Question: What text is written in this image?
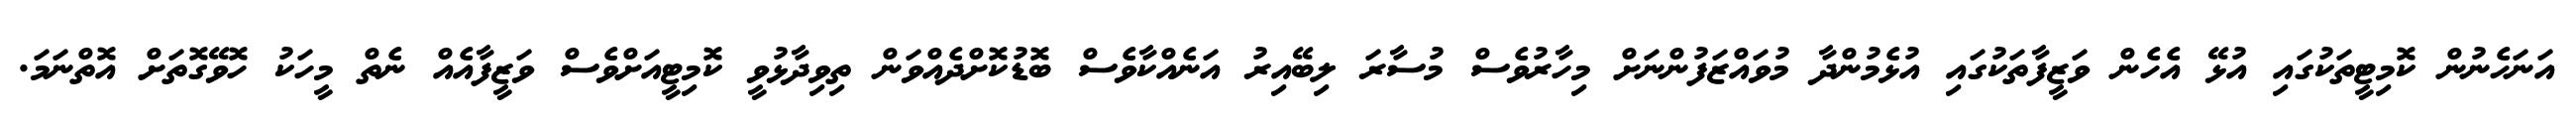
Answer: އަނަހެނުން ކޮމިޓީތަކުގައި އުޅޭ އެހެން ވަޒީފާތަކުގައި އުޅެމުންދާ މުވައްޒަފުންނަށް މިހާރުވެސް މުސާރަ ލިބޭއިރު އަނެއްކާވެސް ބޮޑުކޮށްދެއްވަން ތިވިދާޅުވީ ކޮމިޓީއަށްވެސް ވަޒީފާއެއް ނެތް މީހަކު ހޮވޭގޮތަށް އޮތްނަމަ.